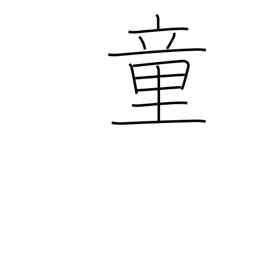
Meaning: juvenile